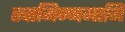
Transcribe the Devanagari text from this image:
स्वामिन्नमामि